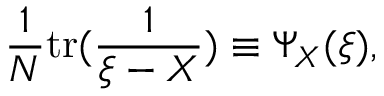
{ \frac { 1 } { N } } \mathrm { { t r } } ( { \frac { 1 } { \xi - X } } ) \equiv \Psi _ { X } ( \xi ) ,